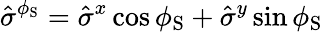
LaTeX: \hat{\sigma}^{\phi_{\mathrm{S}}}=\hat{\sigma}^{x}\cos\phi_{\mathrm{S}}+\hat{\sigma}^{y}\sin\phi_{\mathrm{S}}